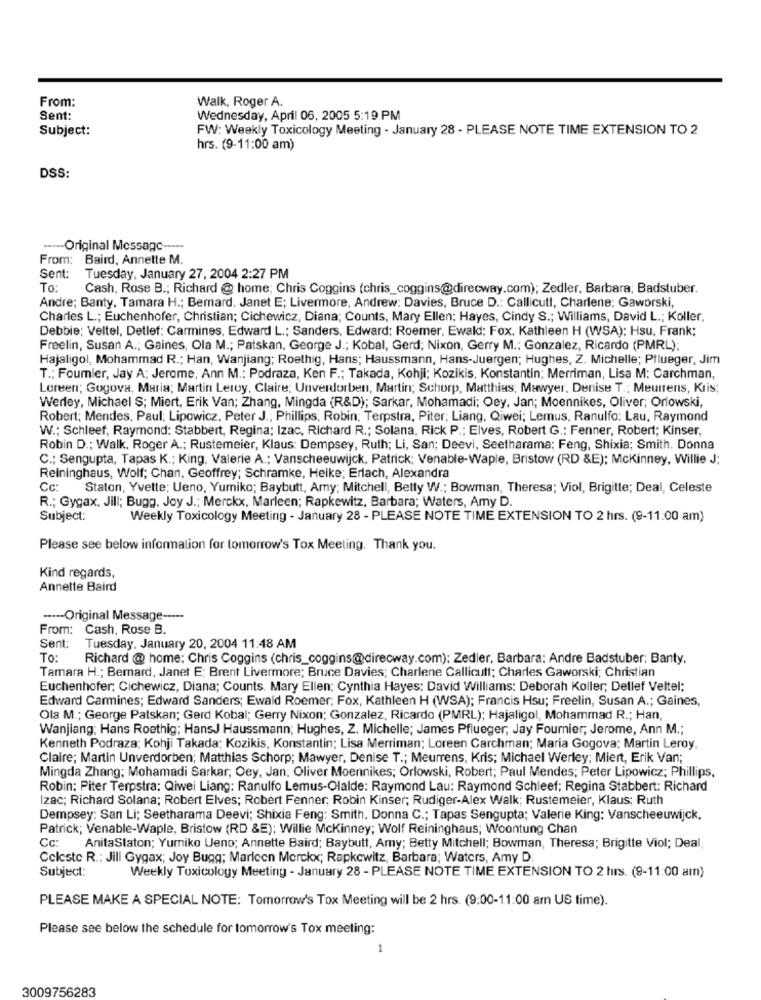
From:
Walk, Roger A.
Sent:
Wednesday, April 06, 2005 5:19 PM
Subject:
FW: Weekly Toxicology Meeting - January 28 - PLEASE NOTE TIME EXTENSION TO 2
hrs. (9-11:00 am)
DSS:
----- Original Message -----
From: Baird, Annette M.
Sent:
Tuesday, January 27, 2004 2:27 PM
To:
Cash, Rose B .; Richard @ home; Chris Coggins (chris_coggins@direcway.com); Zedler, Barbara; Badstuber.
Andre; Banty. Tamara H .; Bemard, Janet E; Livermore, Andrew: Davies, Bruce D .: Callicutt, Charlene; Gaworski,
Charles L .; Euchenhofer, Christian; Cichewicz, Diana; Counts, Mary Ellen; Hayes, Cindy S .; Williams, David L .; Koller,
Debbie; Veltel, Detlef: Carmines, Edward L .; Sanders, Edward; Roemer, Ewald; Fox. Kathleen H (WSA); Hsu. Frank:
Freelin, Susan A .; Gaines, Ola M .; Patskan, George J .; Kobal, Gerd; Nixon, Gerry M .; Gonzalez, Ricardo (PMRL);
Hajaligol, Mohammad R .; Han, Wanjiang; Roethig, Hans; Haussmann, Hans-Juergen; Hughes, Z. Michelle; Pflueger, Jim
T .; Foumier, Jay A; Jerome, Ann M .: Podraza, Ken F .; Takada, Kohji; Kozikis, Konstantin; Merriman, Lisa M: Carchman,
Loreen; Gogova, Maria; Martin Leroy, Claire; Unverdorben, Martin; Schorp, Matthias; Mawyer, Denise T .; Meunrens, Kris;
Werley, Michael S; Miert, Erik Van; Zhang, Mingda (R&D); Sarkar, Mohamadi; Oey, Jan; Moennikes, Oliver; Orlowski,
Robert; Mendes, Paul; Lipowicz, Peter J .: Phillips, Robin; Terpstra, Piter; Liang, Qiwei; Lemus, Ranulfo: Lau, Raymond
W .; Schleef, Raymond: Stabbert, Regina; Izac, Richard R .; Solana, Rick P .: Elves, Robert G .: Fenner, Robert; Kinser,
Robin D .: Walk, Roger A .; Rustemeier, Klaus: Dempsey, Ruth; Li, San; Deevi, Seetharama; Feng, Shixia; Smith. Donna
C .; Sengupta, Tapas K .; King, Valerie A .: Vanscheeuwijck, Patrick; Venable-Waple, Bristow (RD &E); Mckinney, Willie J;
Reininghaus, Wolf; Chan, Geoffrey; Schramke, Heike; Erlach, Alexandra
Cc:
Staton, Yvette; Ueno, Yumiko; Baybutt, Amy; Mitchell, Betty W .; Bowman, Theresa; Viol, Brigitte; Deal, Celeste
R .; Gygax, Jill; Bugg, Joy J .; Merckx, Marleen; Rapkewitz, Barbara; Waters, Amy D.
Subject:
Weekly Toxicology Meeting - January 28 - PLEASE NOTE TIME EXTENSION TO 2 hrs. (9-11:00 am)
Please see below information for tomorrow's Tox Meeting. Thank you.
Kind regards,
Annette Baird
----- Original Message -----
From: Cash, Rose B.
Sent: Tuesday, January 20, 2004 11:48 AM
To: Richard @ home: Chris Coggins (chris_coggins@direcway.com); Zedler, Barbara: Andre Badstuber; Banty.
Tamara H .; Bernard, Janet E; Brent Livermore; Bruce Davies; Charlene Callicutt; Charles Gaworski; Christian
Euchenhofer; Cichewicz, Diana; Counts. Mary Ellen; Cynthia Hayes: David Williams: Deborah Koller; Detlef Veltel:
Edward Carmines; Edward Sanders; Ewald Roemer; Fox, Kathleen H (WSA); Francis Hsu; Freelin, Susan A .; Gaines,
Ola M .; George Patskan; Gerd Kobal; Gerry Nixon; Gonzalez, Ricardo (PMRL); Hajaligol, Mohammad R .; Han,
Wanjiang: Hans Roethig; HansJ Haussmann; Hughes, Z. Michelle; James Pflueger, Jay Fournier; Jerome, Ann M .;
Kenneth Podraza: Kohji Takada; Kozikis, Konstantin; Lisa Merriman; Loreen Carchman; Maria Gogova: Martin Leroy,
Claire; Martin Unverdorben; Matthias Schorp; Mawyer, Denise T .; Meurrens, Kris; Michael Werley; Miert, Erik Van;
Mingda Zhang: Mohamadi Sarkar; Oey, Jan; Oliver Moennikes; Orlowski, Robert; Paul Mendes; Peter Lipowicz; Phillips,
Robin: Piter Terpstra: Qiwei Liang: Ranulfo Lemus-Olalde: Raymond Lau: Raymond Schleef; Regina Stabbert: Richard
Izac; Richard Solana; Robert Elves; Robert Fenner; Robin Kinser; Rudiger-Alex Walk; Rustemeier, Klaus; Ruth
Dempsey: San Li; Seetharama Deevi; Shixia Feng: Smith, Donna C .; Tapas Sengupta; Valerie King: Vanscheeuwijck,
Patrick; Venable-Waple, Bristow (RD &E); Willie Mckinney; Wolf Reininghaus; Woontung Chan
Cc: AnitaStaton; Yumiko Ueno; Annette Baird; Baybutt, Amy; Betty Mitchell; Bowman, Theresa; Brigitte Viol; Deal,
Celeste R .: Jill Gygax; Joy Bugg; Marleen Merckx; Rapkewitz, Barbara; Waters, Amy D.
Weekly Toxicology Meeting - January 28 - PLEASE NOTE TIME EXTENSION TO 2 hrs. (9-11:00 am)
Subject:
PLEASE MAKE A SPECIAL NOTE: Tomorrow's Tox Meeting will be 2 hrs. (9:00-11:00 am US time).
Please see below the schedule for tomorrow's Tox meeting:
3009756283